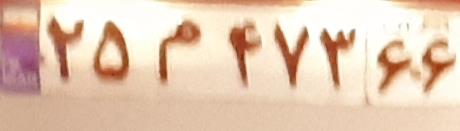
۲۵م۴۷۳۶۶